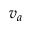
v _ { a }